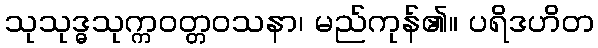
သုသုဒ္ဓသုက္ကဝတ္တဝသနာ၊ မည်ကုန်၏။ ပရိဒဟိတ